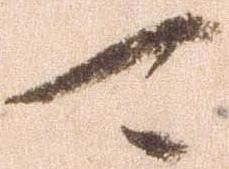
可